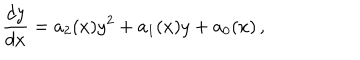
\frac { d y } { d x } = a _ { 2 } ( x ) y ^ { 2 } + a _ { 1 } ( x ) y + a _ { 0 } ( x ) \, ,